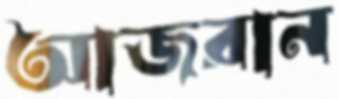
আজরান